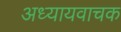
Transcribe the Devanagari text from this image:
अध्यायवाचक